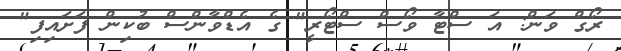
ރޯގް ވަން: އަ ސްޓާ ވޯސް ސްޓޯރީ" ގެ އެޑްވާންސް ބުކިން ފަށައިފި"